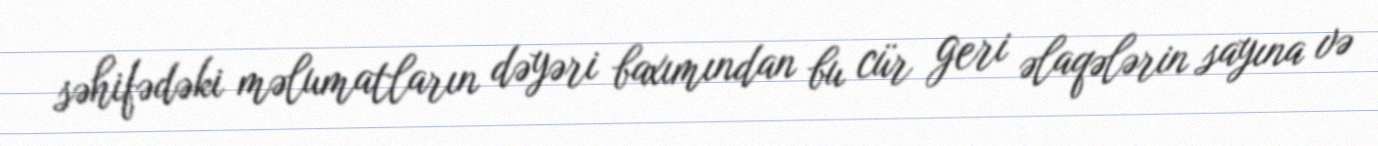
səhifədəki məlumatların dəyəri baxımından bu cür geri əlaqələrin sayına və